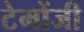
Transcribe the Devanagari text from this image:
टेमोंजी